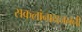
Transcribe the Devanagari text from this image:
सकलांनायजननी